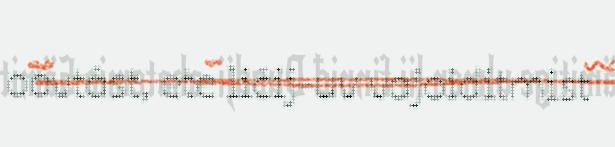
oovtâst, ete ličij-uv vajoiditmist